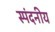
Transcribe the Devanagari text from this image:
स्पंदनीय